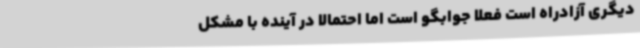
دیگری آزادراه است فعلاً جوابگو است اما احتمالاً در آینده با مشکل